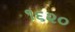
૧૬૨૦